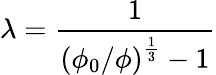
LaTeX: \lambda={\frac{1}{\left(\phi_{0}/\phi\right)^{\frac{1}{3}}-1}}